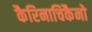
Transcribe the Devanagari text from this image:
कैरिनाचिकैनो